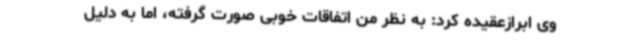
وی ابرازعقیده کرد: به نظر من اتفاقات خوبی صورت گرفته، اما به دلیل